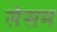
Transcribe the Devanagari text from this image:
सेसम